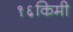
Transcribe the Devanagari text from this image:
१६किमी